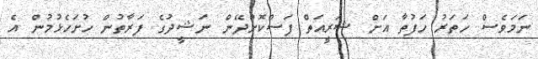
ނަމަވެސް ހަތަރު ހަފުތާ އަށް ޝަރީއަތް ފަސްކޮށްދޭން ނަޝީދުގެ ފަރާތުން ހުށަހެޅުމުން އެ